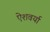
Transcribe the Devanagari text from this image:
ऐशवर्या